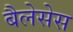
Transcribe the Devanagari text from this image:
बैलेसेस